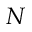
N